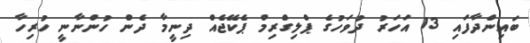
ބައިންދާފައި 13 އަހަރު ދުވަހުގެ ޕްލިގްރިމް ޕެކޭޖެއް ދިނީމާ ދެން ހުންނާނީ ހުރިހާ